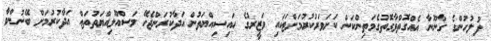
ފުލުހުންގެ ގާނޫނާ އެއްގޮތްވާގޮތުގެމަތިންކަން ކަށަވަރުކުރުމަށްޓަކައި ވަޒީރުގެ ހައިސިއްޔަތުން އަދާކުރަންޖެހޭ މަސްއޫލިއްޔަތުތައް އަދާކުރުމަށް ބޭނުންވާ